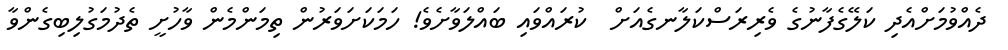
ދެއްވުމަށްއެދި ކަލޭގެފާނުގެ ވެރިރަސްކަލާނގެއަށް  ކުރައްވައި ބައްލަވާށެވެ! ހަމަކަށަވަރުން ތިމަންމެން ވާހުށީ ތެދުމަގުލިބިގެންވާ